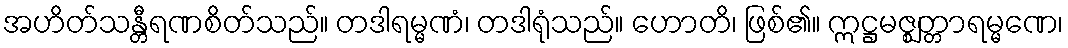
အဟိတ်သန္တီရဏစိတ်သည်။ တဒါရမ္မဏံ၊ တဒါရုံသည်။ ဟောတိ၊ ဖြစ်၏။ ဣဋ္ဌမဇ္ဈတ္တာရမ္မဏေ၊